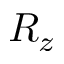
R _ { z }